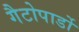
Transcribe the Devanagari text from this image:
गैटोपार्डो